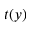
t ( y )